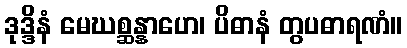
ဒုဒ္ဒိနံ မေဃစ္ဆန္နာဟေ၊ ပိဓာနံ တွပဓာရဏံ။